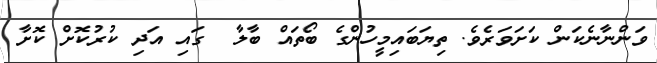
ވަންނާނެކަން ކަށަވަރެވެ. ތިޔަބައިމީހުންގެ ބޯތައް ބާލާ  ގައި އަދި ކުރުކޮށް ކޮށާ